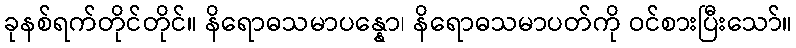
ခုနစ်ရက်တိုင်တိုင်။ နိရောဓသမာပန္နော၊ နိရောဓသမာပတ်ကို ဝင်စားပြီးသော်။